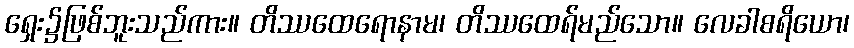
ရှေး၌ဖြစ်ဘူးသည်ကား။ တိဿထေရောနာမ၊ တိဿထေရ်မည်သော။ လေခါစရိယော၊